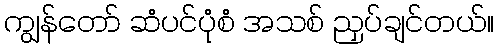
ကျွန်တော် ဆံပင်ပုံစံ အသစ် ညှပ်ချင်တယ်။